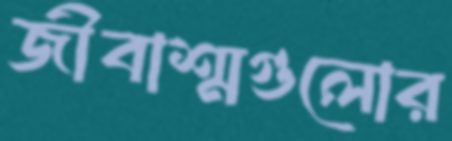
জীবাশ্মগুলোর